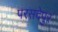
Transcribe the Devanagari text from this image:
परसदेपुर